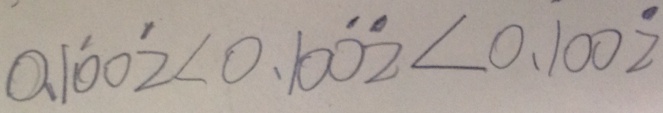
0 . 1 \dot { 0 } 0 \dot { 2 } < 0 . 1 0 \dot { 0 } \dot { 2 } < 0 . 1 0 0 \dot { 2 }